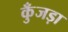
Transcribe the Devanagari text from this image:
कुँजड़ा